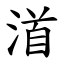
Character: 渞